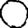
Digit: 0